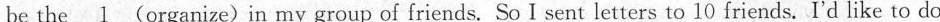
be the \underline{1} (organize)in my group of friends. So I sent letters to 10 friends. I'd like to do